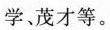
学、茂才等。